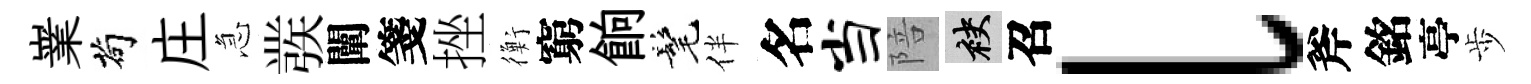
嶪茍庄急彂闡箋挫衡窮餉髦伴名当陪袂召l斧銘亭歩